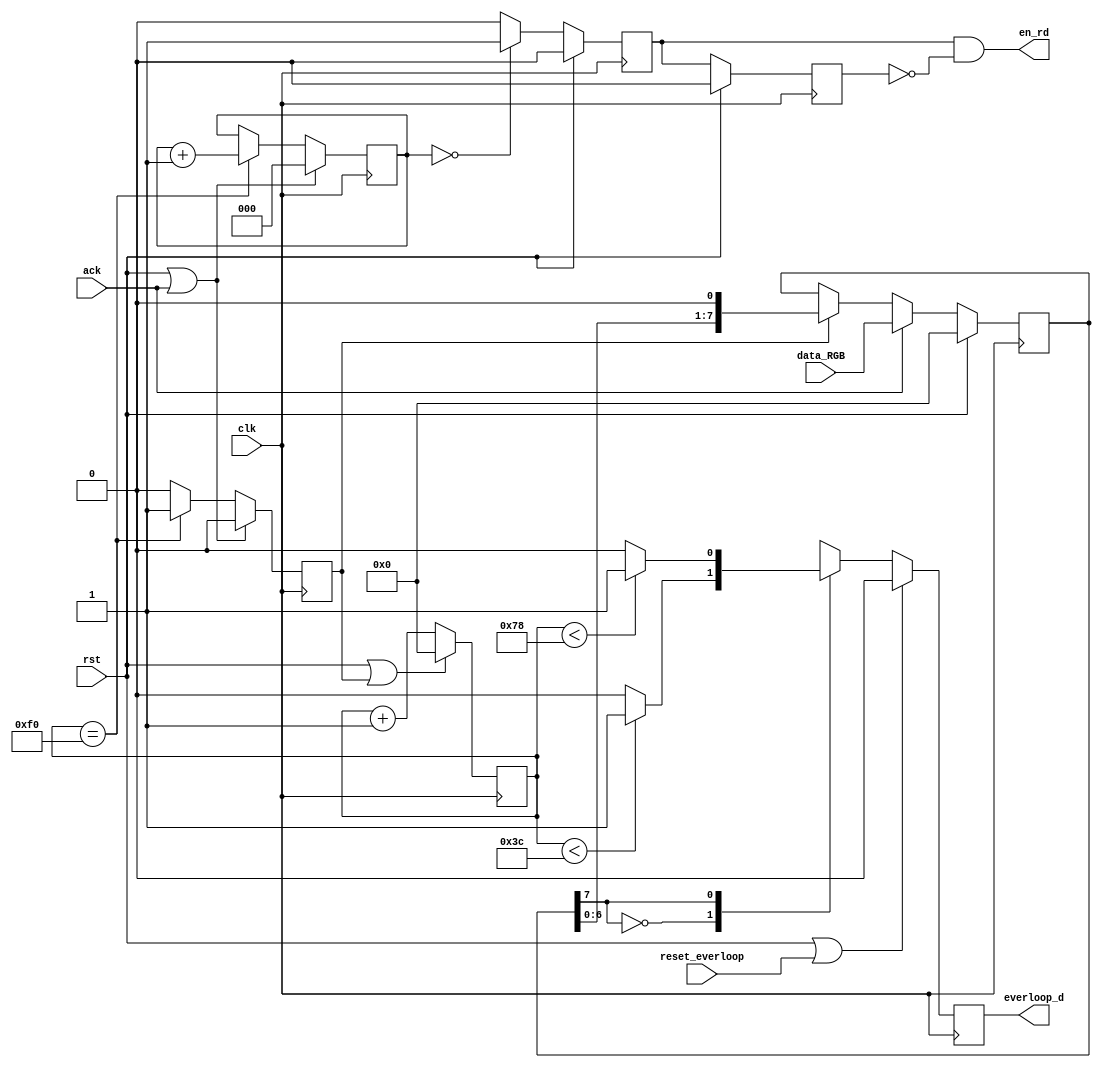
/* -----------------------------------------------------
   EVERLOOP DE PRUEBAS
   -----------------------------------------------------
	                 
	           
	              
	            
	        
	               
   Convenciones
   * ack: Indica al modulo cuando debe iniciar las transacciones 
   * --- 
 * Copyright 2016 <Admobilize>
 * MATRIX Labs  [http://creator.matrix.one]
 * This file is part of MATRIX Creator HDL for Spartan 6
 *
 * MATRIX Creator HDL is like free software: you can redistribute 
 * it and/or modify it under the terms of the GNU General Public License 
 * as published by the Free Software Foundation, either version 3 of the 
 * License, or (at your option) any later version.

 * This program is distributed in the hope that it will be useful, but 
 * WITHOUT ANY WARRANTY; without even the implied warranty of 
 * MERCHANTABILITY or FITNESS FOR A PARTICULAR PURPOSE.  See the GNU 
 * General Public License for more details.

 * You should have received a copy of the GNU General Public License along
 * with this program.  If not, see <http://www.gnu.org/licenses/>.
 */

module everloop (
  input       clk,rst,
  output reg  everloop_d,
  
  input [7:0] data_RGB,
  output      en_rd,
  input       ack,
  input       reset_everloop
//  input everloop_select
);

/*
                          ____________
 clk            -------->|            |--------> everloop_d                         
 rst            -------->|            |--------> en_rd                       
 ack            -------->|            |                                        
                         |  everloop  |
                         |            |
 reset_everloop -------->|            |
 data_RGB       -------->|____________|

*/

reg [7:0] clk_cnt;
reg [2:0] data_cnt;
reg [7:0] data_register;
reg       sh_e,rd_e,rd_ant;
wire      s_data;


initial begin
clk_cnt       = 0;
data_cnt      = 0;
data_register = 0;
sh_e          = 0;
rd_e          = 0;
rd_ant        = 0;
everloop_d    = 0;

end

assign s_data = data_register[7];  

always @(posedge clk)
begin 
  if (rst | sh_e) begin 
    clk_cnt <= 0;
  end else begin
    clk_cnt <= clk_cnt+1;
  end
end
//==============================================================================================
always @(posedge clk) begin
//Resetea sh_e y el contador lo envia a cero
  if (rst | ack) begin
  sh_e     <= 0;
  data_cnt <= 0;
  end
//Si la entrada no esta en reset comienza a usar el contador, cada conteo equivale a 20 nanosegundos
  else begin 
    if (clk_cnt == 8'd240) begin // Las transacciones ocurren cada 4.8 microsegundos PROBLEMA!!!!!!
      sh_e <= 1'b1;
      data_cnt <= data_cnt + 1;  
    end else begin
      sh_e <= 1'b0;
      data_cnt <= data_cnt;
    end  
  end
end
//==============================================================================================
always @(posedge clk) begin
  if(rst) begin
  rd_e   <= 0;
  rd_ant <= 0;
  end else begin 
    rd_ant <= rd_e;
    if (data_cnt == 3'd0 ) begin
      rd_e <= 1'b1;  
    end else begin
      rd_e <= 1'b0;
    end  
  end
end
//==============================================================================================
always @(posedge clk) begin

  if(rst) begin
      data_register <= 0;
  end else begin
    if(ack) begin
      data_register <= data_RGB;
    end else begin    
      if(sh_e) begin
        data_register <= data_register << 1; //Solo ocurre un desplazamiento cada 4.8 microsegundos
      end else begin
        data_register <= data_register;
      end
    end
  end  
end
//==============================================================================================
assign en_rd = rd_e & ~ rd_ant;


//==============================================================================================
always @(posedge clk) begin

  if(rst | reset_everloop ) begin
      everloop_d <= 0;
  end else begin
    
    case({1'b1, s_data})
      
      2'b00: begin
          if(clk_cnt < 8'd80) begin
            everloop_d <= 1;
          end else begin
            everloop_d <= 0;
          end
        end
      2'b10: begin
          if(clk_cnt < 8'd60) begin //Lo mantiene en alto por 1.2 microsegundos
            everloop_d <= 1;
          end else begin
            everloop_d <= 0;
          end
        end
      2'b01: begin
          if(clk_cnt < 8'd160) begin
            everloop_d <= 1;
          end else begin
            everloop_d <= 0;
          end
        end
      2'b11: begin
          if(clk_cnt < 8'd120) begin //Lo mantiene en alto por 2.4 microsegundos
            everloop_d <= 1;
          end else begin
            everloop_d <= 0;
          end
        end
    
    endcase
  
  end
//==============================================================================================


end


endmodule